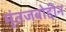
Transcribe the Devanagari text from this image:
मुंतजबोद्दीन